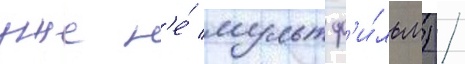
уже н'е́ мультф'и́льм) /